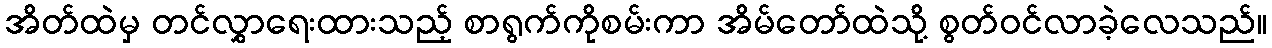
အိတ်ထဲမှ တင်လွှာရေးထားသည့် စာရွက်ကိုစမ်းကာ အိမ်တော်ထဲသို့ စွတ်ဝင်လာခဲ့လေသည်။